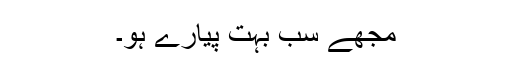
مجھے سب بہت پیارے ہو۔